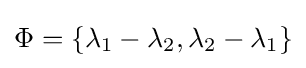
\Phi =\{\lambda _{1}-\lambda _{2},\lambda _{2}-\lambda _{1}\}